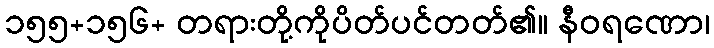
၁၅၅+၁၅၆+ တရားတို့ကိုပိတ်ပင်တတ်၏။ နီဝရဏော၊